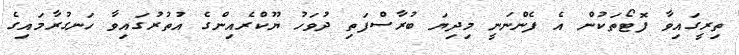
ތިރީގައިވާ ފޮޓޯތަކުން އެ ފެންނަނީ މިދިޔަ ބުރާސްފަތި ދުވަހު ޔޫކްރެއިންގެ އުތުރުގައިވާ ހަނގުރާމައިގެ